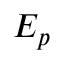
E _ { p }